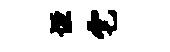
垣宅